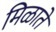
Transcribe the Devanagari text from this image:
मिळाते